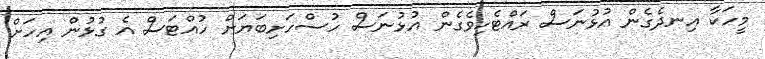
މީހަކާ އިނދެގެން އުޅުނަސް ރައްޓެހިވެގެން އުޅުނަސް ހުސްހަށިބަޔަށް ހުއްޓަސް އެ ގުޅުން އިހަށް